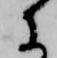
に